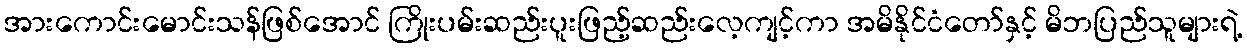
အားကောင်းမောင်းသန်ဖြစ်အောင် ကြိုးပမ်းဆည်းပူးဖြည့်ဆည်းလေ့ကျင့်ကာ အမိနိုင်ငံတော်နှင့် မိဘပြည်သူများရဲ့